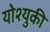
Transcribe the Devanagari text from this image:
योश्युकी